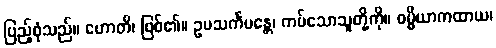
ပြည့်စုံသည်။ ဟောတိ၊ ဖြစ်၏။ ဥပသင်္ကမန္တေ၊ ကပ်သောသူတို့ကို။ ဓမ္မိယာကထာယ၊